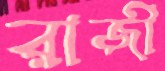
রাজী